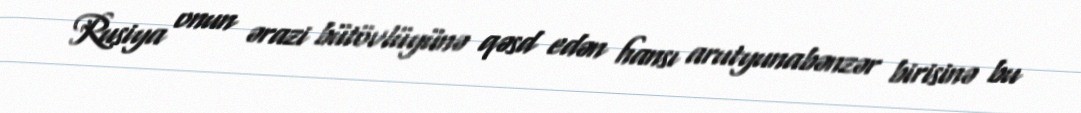
Rusiya onun ərazi bütövlüyünə qəsd edən hansı arutyunabənzər birisinə bu